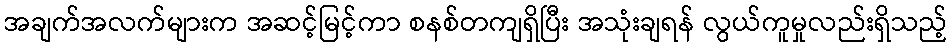
အချက်အလက်များက အဆင့်မြင့်ကာ စနစ်တကျရှိပြီး အသုံးချရန် လွယ်ကူမှုလည်းရှိသည့်